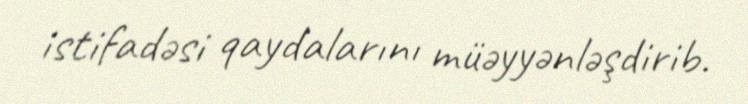
istifadəsi qaydalarını müəyyənləşdirib.